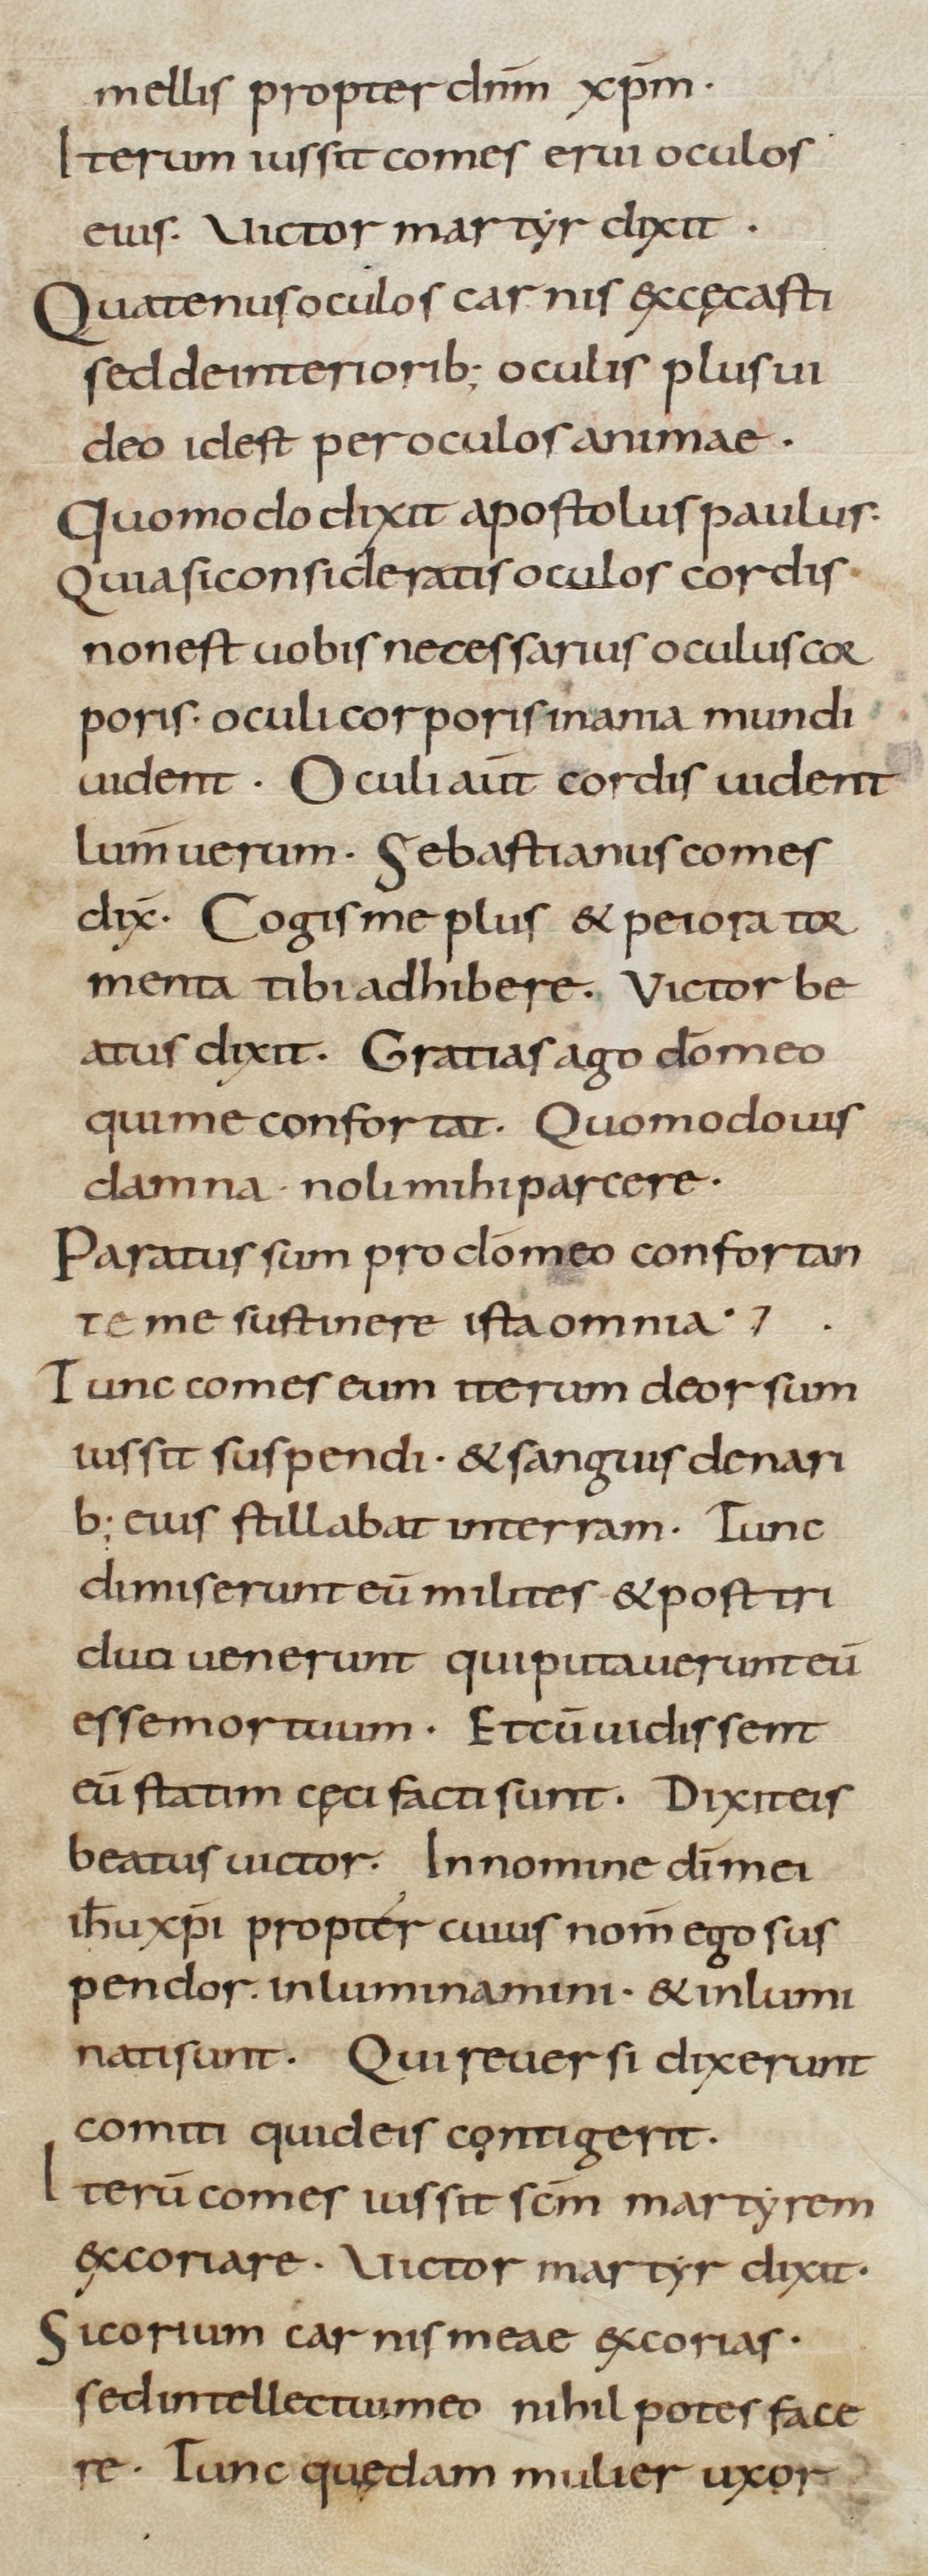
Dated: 800–899